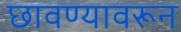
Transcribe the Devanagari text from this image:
छावण्यावरून